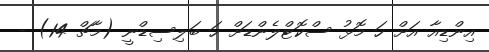
އިންޑިއާ އަށް ހަ މޮޅު ސްކޮޓްލެންޑަށް ހަ ބަލިސިޑްނީ (މާޗް 14) -